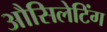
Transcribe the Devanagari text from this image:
औसिलेटिंग